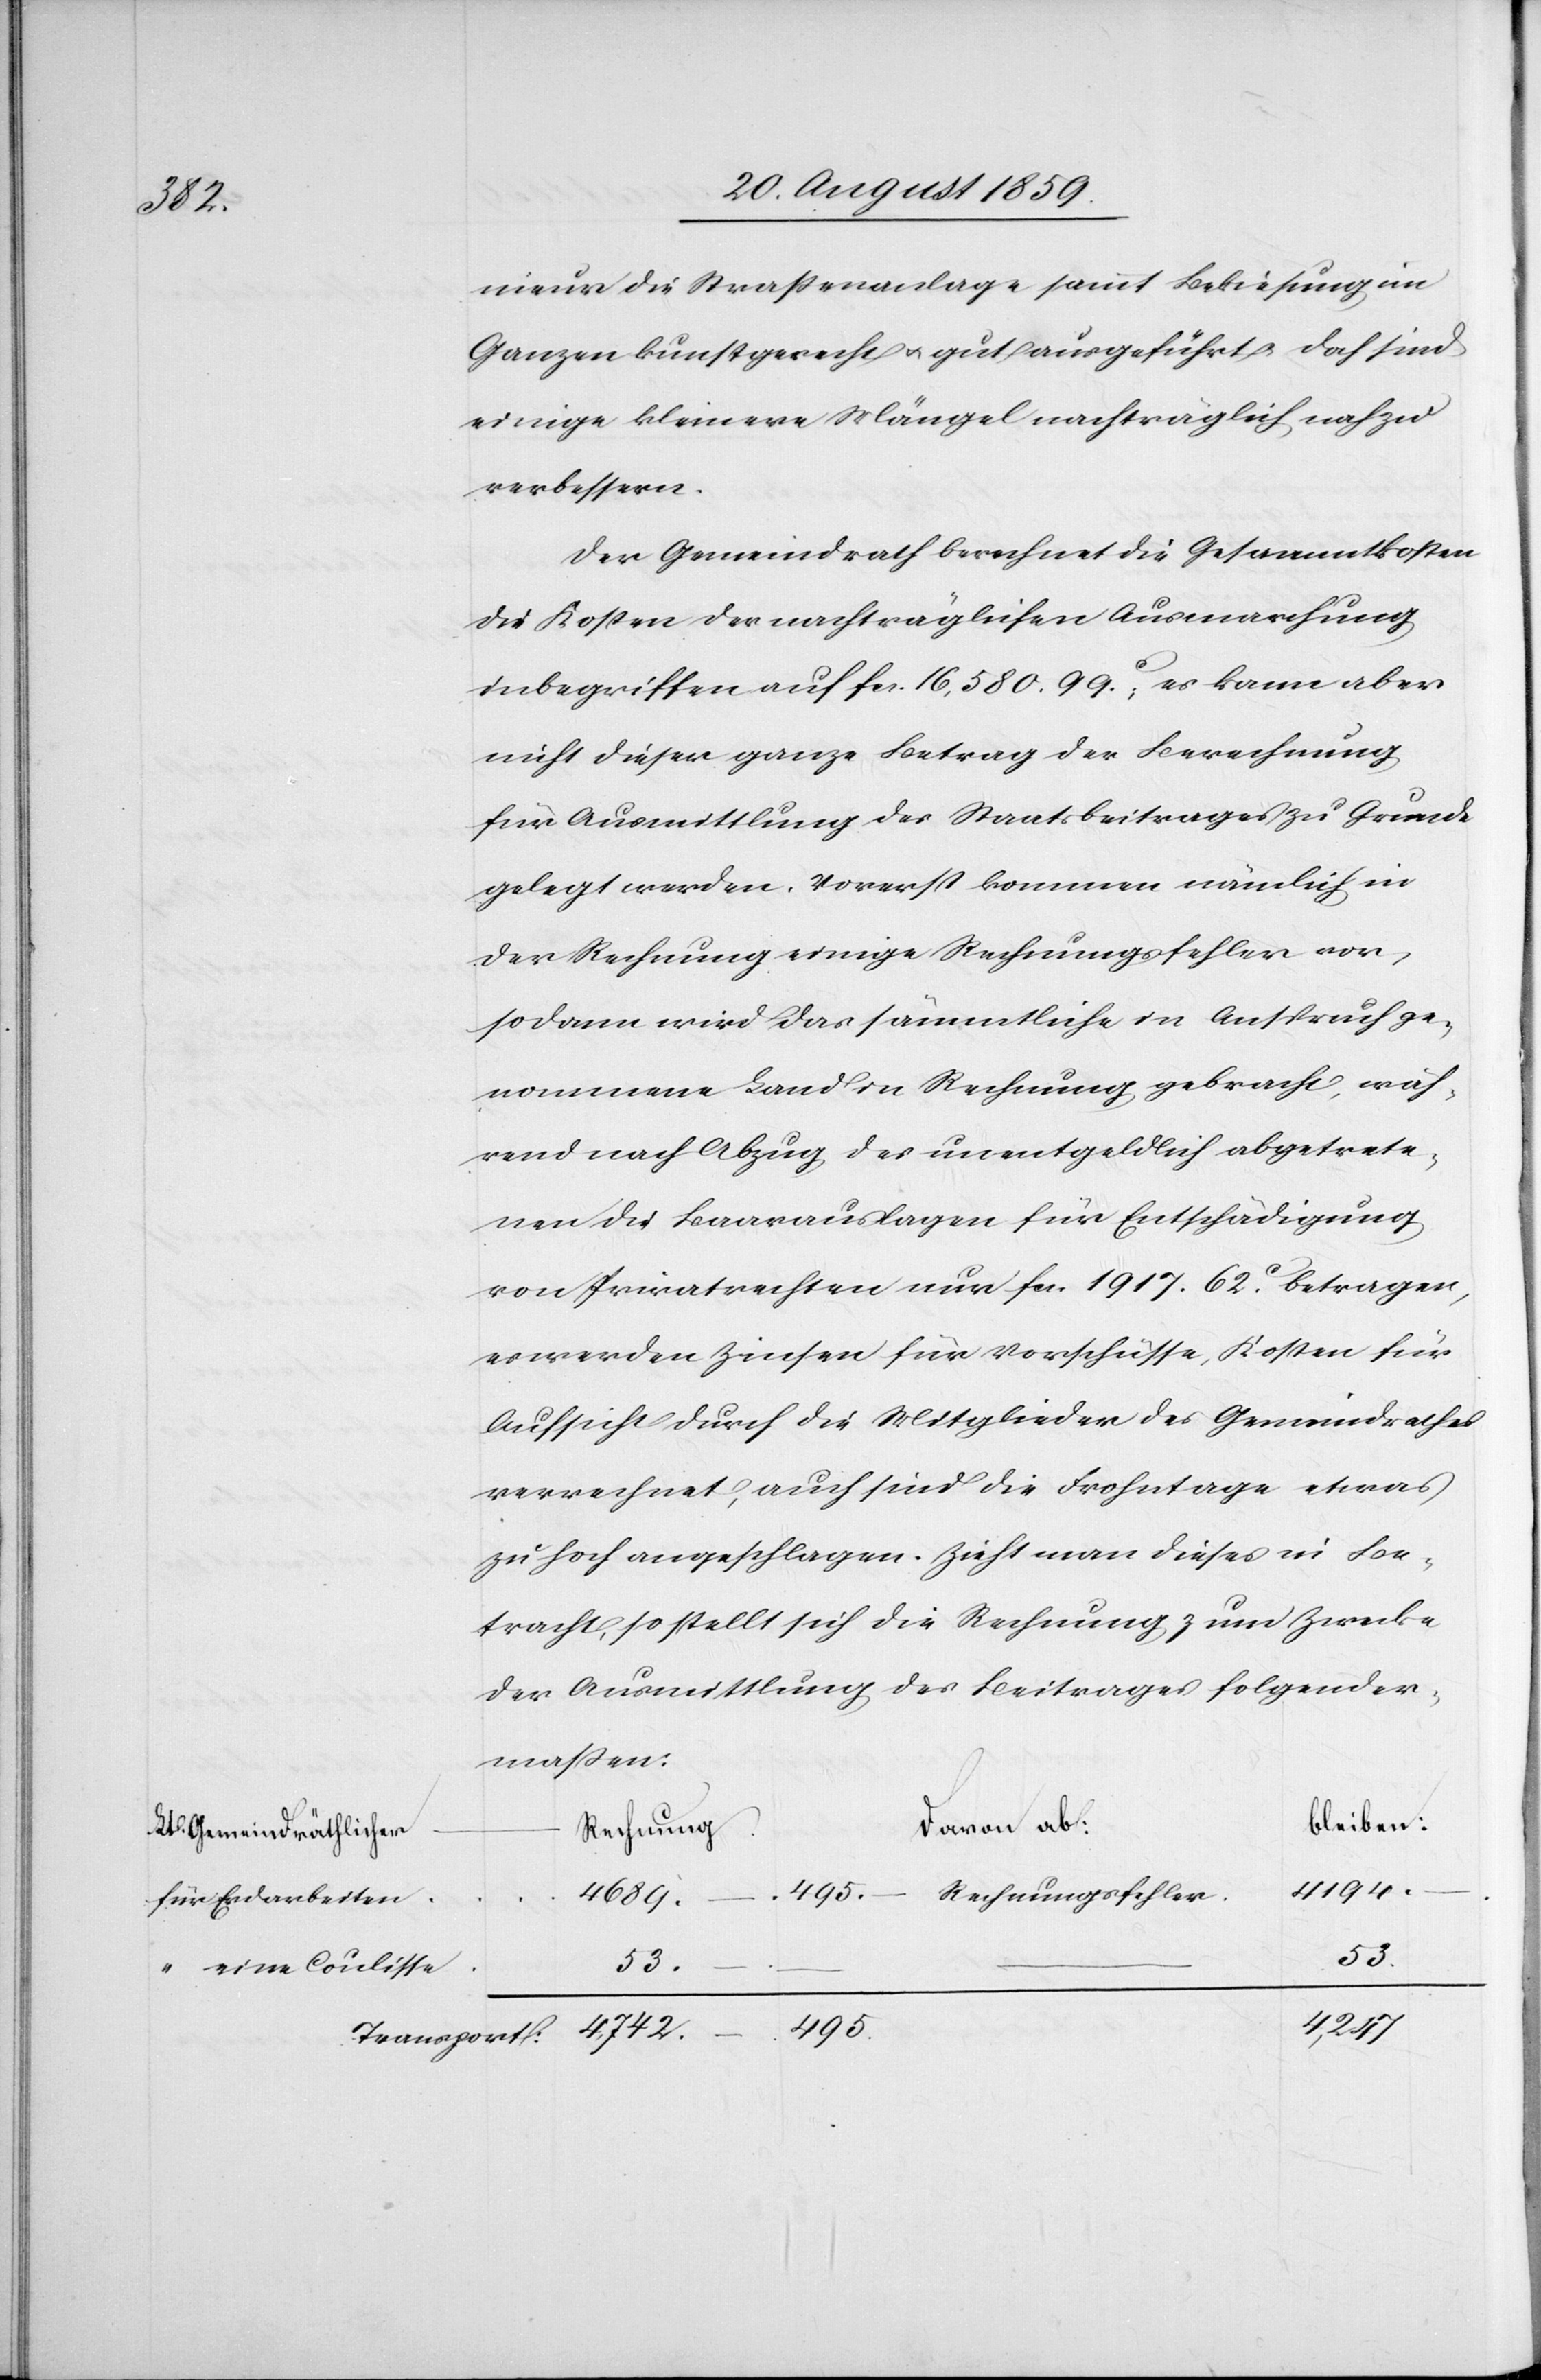
nieur die Straßenanlage sammt Bekiesung im
Ganzen kunstgerecht & gut ausgeführt & doch sind
einige kleinere Mängel nachträglich noch zu
verbessern.
Der Gemeindrath berechnet die Gesammtkosten
die Kosten der nachträglichen Ausmarchung
inbegriffen auf fcs. 16,580.99c.; es kann aber
nicht dieser ganze Betrag der Berechnung
für Ausmittlung des Staatsbeitrages zu Grunde
gelegt werden. Vorerst kommen nämlich in
der Rechnung einige Rechnungsfehler vor,
sodann wird das sämmtliche in Anspruch ge¬
nommene Land in Rechnung gebracht, wäh¬
rend nach Abzug des unentgeldlich abgetrete¬
nen die Baarauslagen für Entschädigung
von Privatrechten nur fcs. 1917. 62c. betragen,
es werden Zinsen für Vorschüsse, Kosten für
Aufsicht durch die Mitglieder des Gemeindrathes
verrechnet, auch sind die Frohntage etwas
zu hoch angeschlagen. Zieht man dieses in Be¬
tracht, so stellt sich die Rechnung zum Zwecke
der Ausmittlung des Beitrages folgender¬
maßen:
bleiben:
davon ab:
Lt. Gemeindräthlicher
Rechnung
4194.
495.
Rechnungsfehler
4689.
für Erdarbeiten
–
53.
53.
4,247
495.